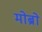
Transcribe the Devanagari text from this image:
मोब्रो